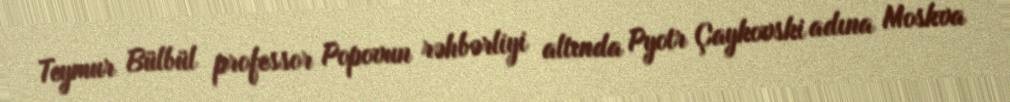
Teymur Bülbül professor Popovun rəhbərliyi altında Pyotr Çaykovski adına Moskva